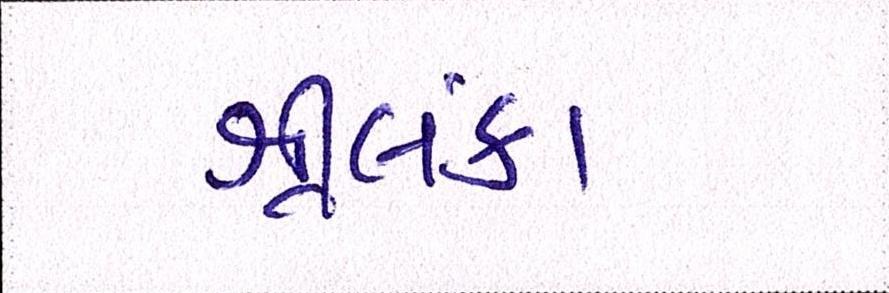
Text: શ્રીલંકા